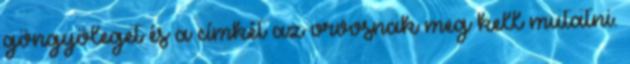
göngyöleget és a címkét az orvosnak meg kell mutatni.